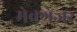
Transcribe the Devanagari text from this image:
मेक्ग्रेजर